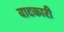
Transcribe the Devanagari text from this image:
वादकारी